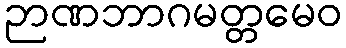
ဉာဏဘာဂမတ္တမေဝ